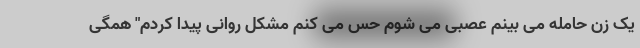
یک زن حامله می بینم عصبی می شوم حس می کنم مشکل روانی پیدا کردم" همگی